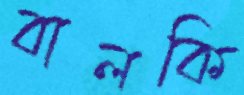
বালকি